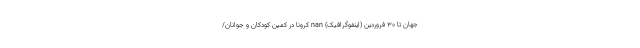
جهان تا ۳۰ فروردین (اینفوگرافیک) nan کرونا در کمین کودکان و جوانان/